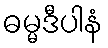
ဓမ္မဒီပါနံ